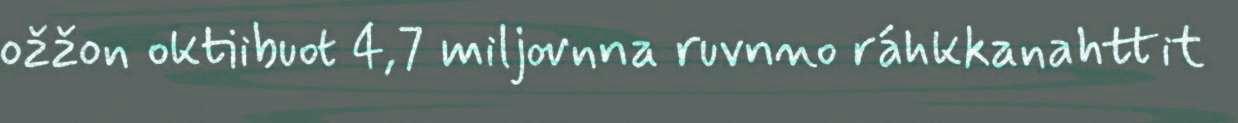
ožžon oktiibuot 4,7 miljovnna ruvnno ráhkkanahttit